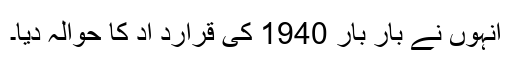
انہوں نے بار بار 1940 کی قرارد اد کا حوالہ دیا۔